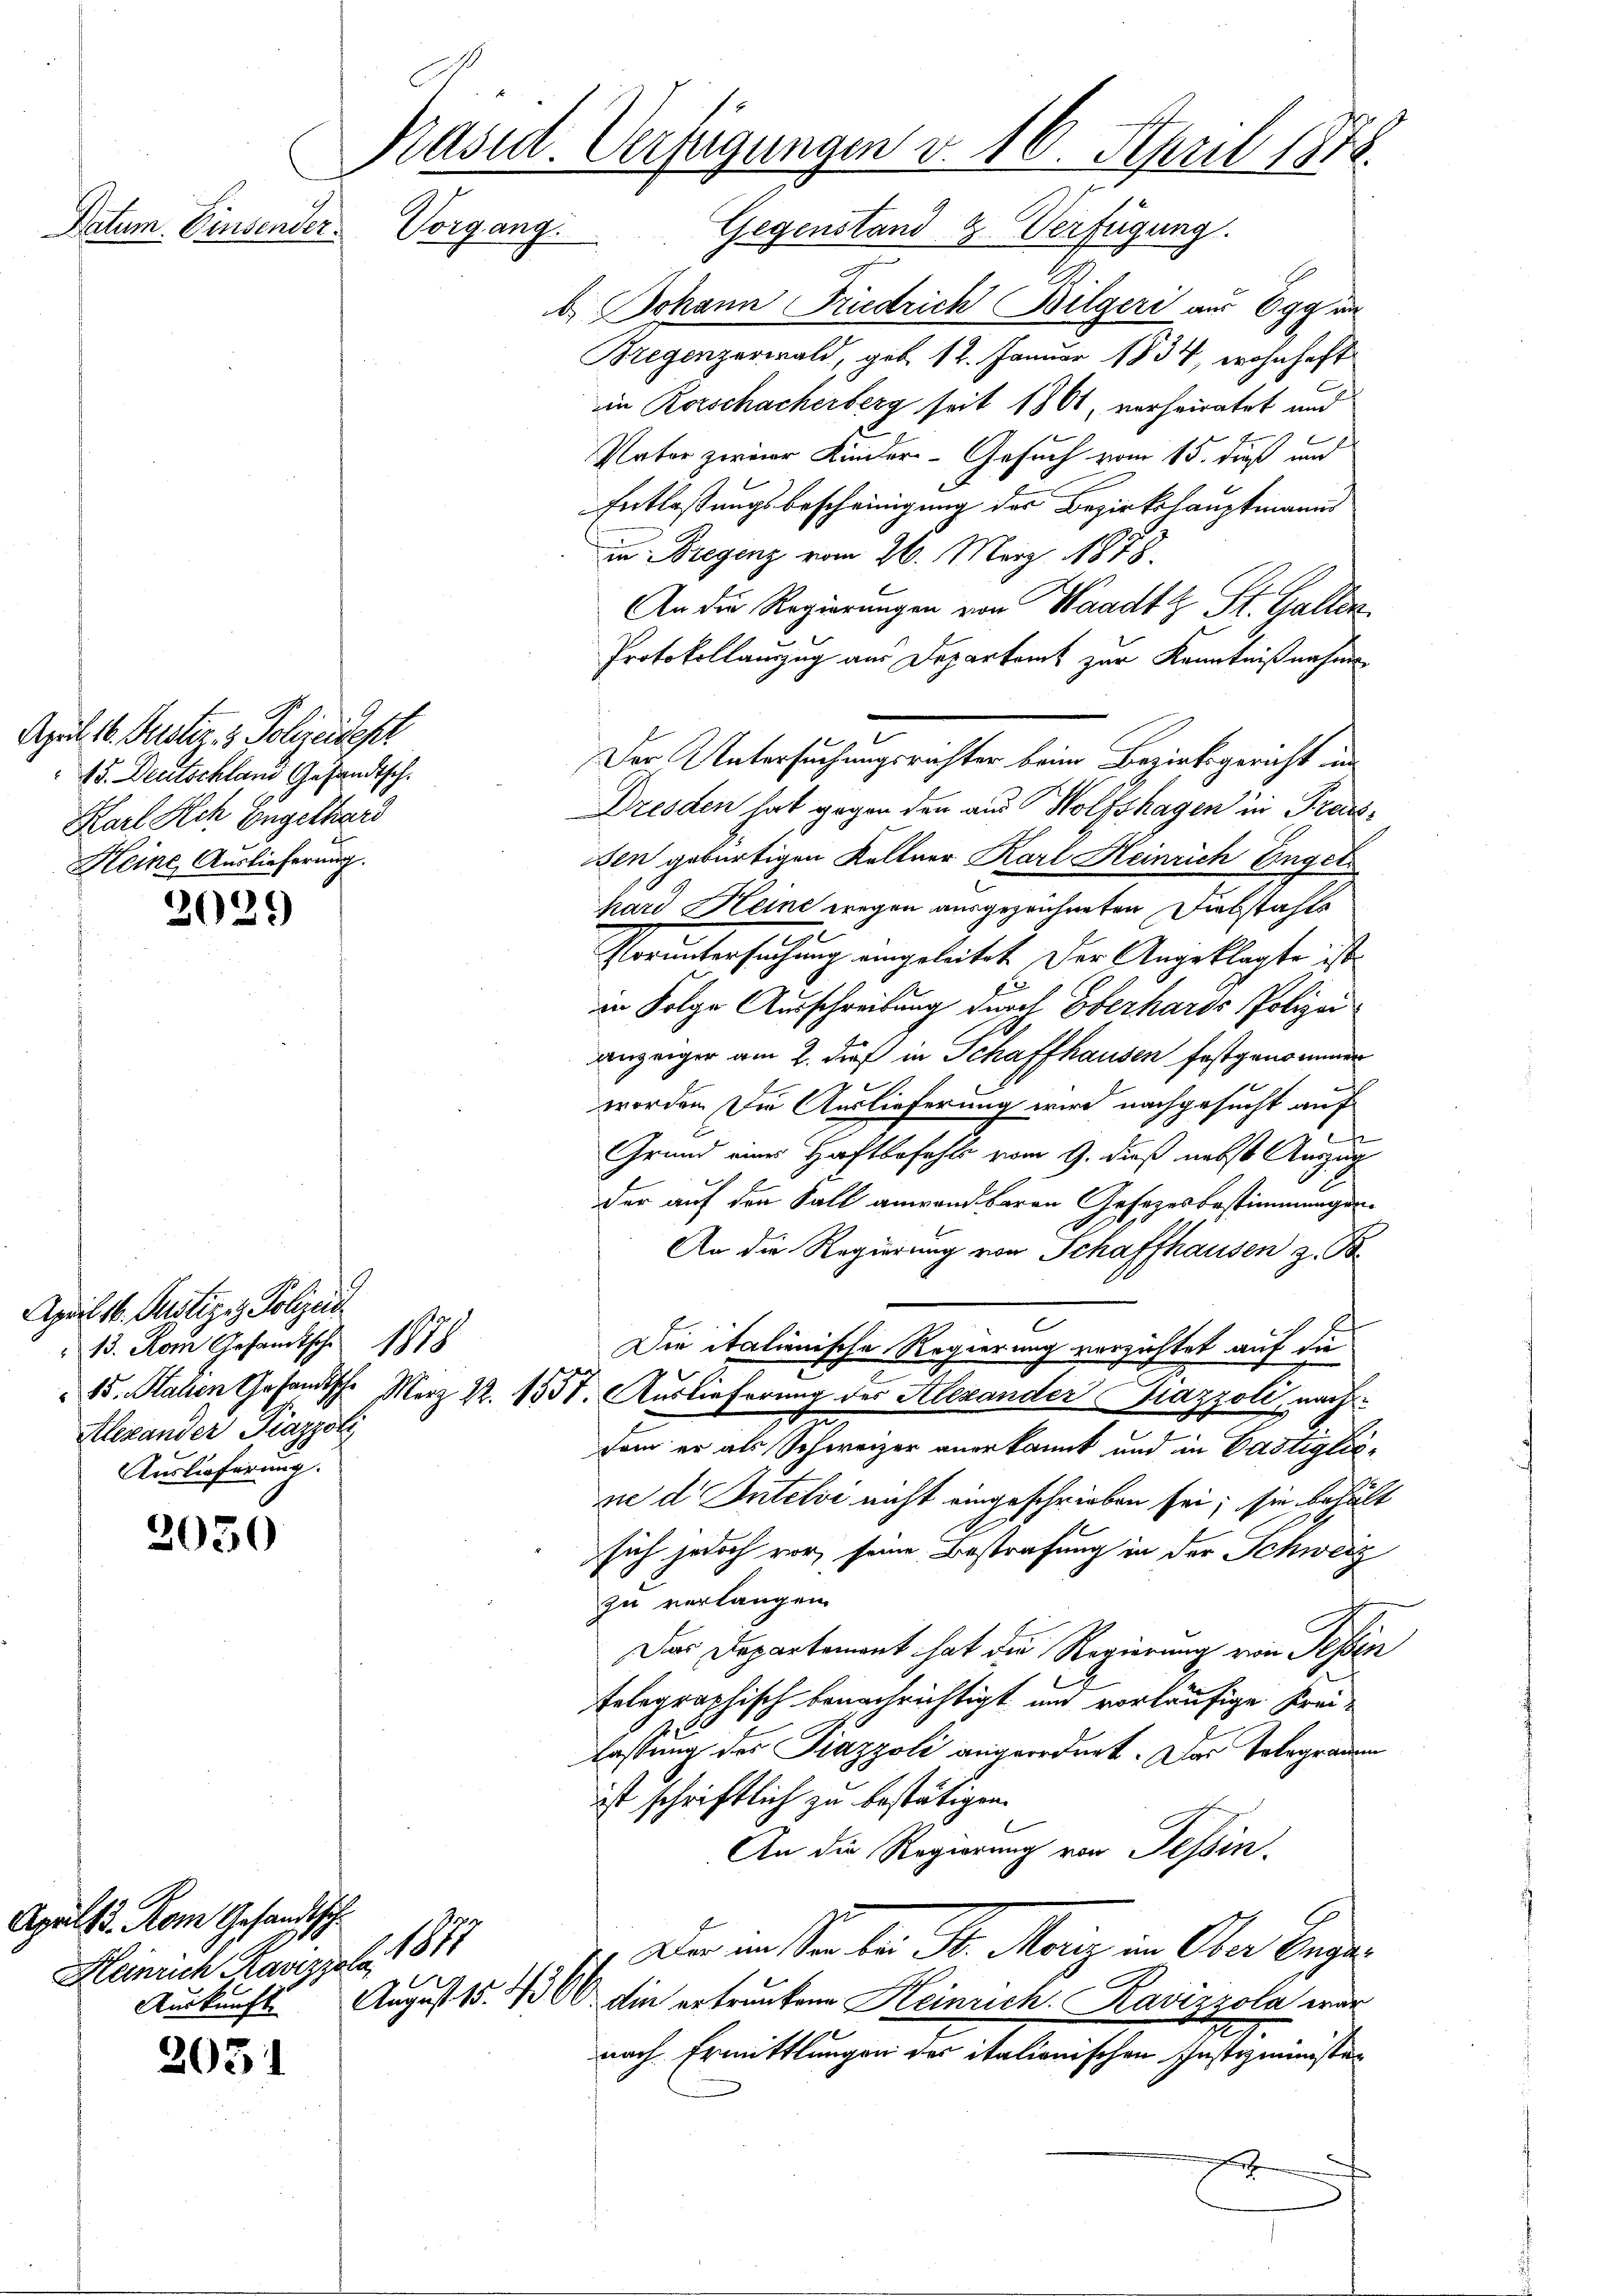
Datum. Einsender.

April 1. Justiz & Polizeidest
15. Deutschland Gesandtsch.
Karl Ach Engelhard
Kleine Auslieferung.

2029

April 16. Justiz & Polizeit
13. Rom Gesandtsche 1878
Alexander Piazzoli
Auslieferung.

2050

Apult d. Rom Gesandtsch
Heinrich Kavessel 1871

2031

Präsid. Verfügungen d. 16. April 1878.

Vorgang. Gegenstand Z. Verfügung.
b. Johann Friedrich Bilgeri aus Egg im
Bregenzerwald, geb. 12. Januar 1834, wohnhaft
in Rorschacherberg seit 1861, verheiratet und
Nator zweier Kinder-Gesuch vom 15. dieß und
Entlaßungsbescheinigung des Bezirkshauptmanns
un Bregenz vom 26. März 1878.
An die Regierungen von Waadt & St. Gallen
Protokollanzug aus Departamt zur Kenntnißnahme
Dresden hat gegen den aus Wolfshagen in Preis¬
Den gebürtigen Kellner Karl Heinrich Engel
hard Heine wegen ausgezeichneten Diebstahls
Voruntersuchung eingeleitet. Der Angeklagte ist.
in Folge Ausschreibung durch Oberhards Polizei
anzeiger am 2. dieß in Schaffhausen festgenommen
worden Die Auslieferung wird nachgesucht auf
Grund eines Haftbefehls vom 9. dieß nebst Auszug
der auf den Fall anwendbaren Gesezesbestimmungen¬
An die Regierung von Schaffhausen z. B.
Die italienische Regierung verzichtet auf die
15. Stalien Gesandtsche Merz 22. 1831. Auslieferung des Alexander Gazzoli, nach
dam er als Schweizer anerkannt und in Castiglicpe d. Intelvi nicht eingeschrieben sei; sie behält
I
sich jedoch vor, seine Bestrafung in der Schweiz
zu verlangen.
Das Departement hat die Regierung von Tessin
telegraphisch benachrichtigt und vorläufige Kreilastung des Piazzoli angeordnet. Das Telegrauem
ist schriftlich zu bestätigen.
An die Regierung von Tessin.
2. Die ersternte Sr. Merz in Aber bege
Auskunft. August 15. 4300 die ertrunkene Heinrich. Ravizzola war
nach Ermittlungen des italionischen Justizminister
r

Der Untersuchungsrichter beim Bezirksgericht, in